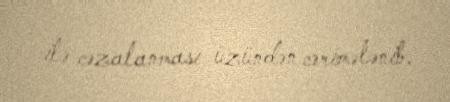
ilə cəzalanması üzündən cərimələnib.